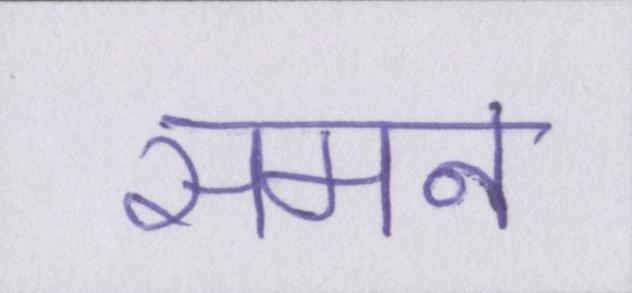
समन